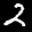
Label: 2